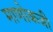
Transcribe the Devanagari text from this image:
माणोकजी